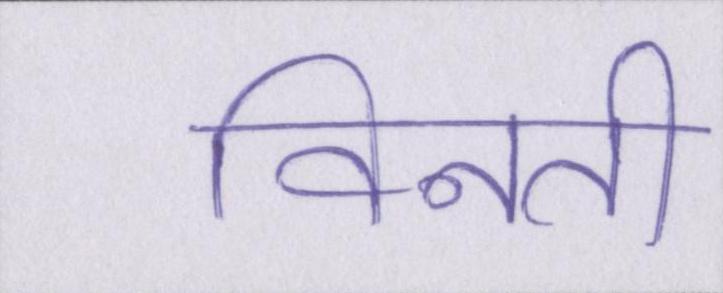
विनती